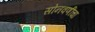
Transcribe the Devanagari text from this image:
सोनवणींचा